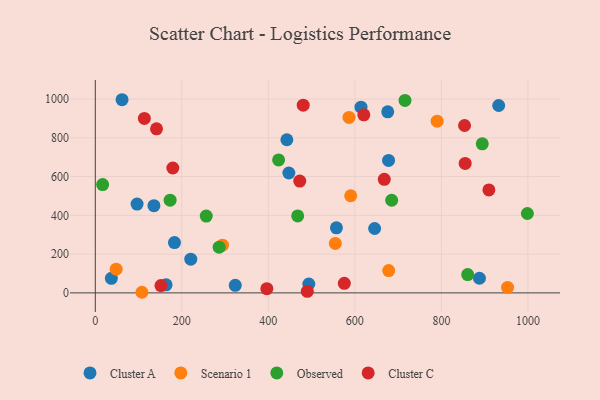
{"axis": {"x": "Engine Size", "y": "Yield"}, "legend": ["Cluster A", "Cluster C", "Observed", "Scenario 1"], "data": [{"x": "676.0", "y": 934.5, "type": "Cluster A"}, {"x": "677.9", "y": 683.4, "type": "Cluster A"}, {"x": "557.4", "y": 335.6, "type": "Cluster A"}, {"x": "614.2", "y": 958.5, "type": "Cluster A"}, {"x": "135.5", "y": 449.9, "type": "Cluster A"}, {"x": "442.8", "y": 790.1, "type": "Cluster A"}, {"x": "183.0", "y": 259.5, "type": "Cluster A"}, {"x": "323.5", "y": 39.1, "type": "Cluster A"}, {"x": "645.7", "y": 332.3, "type": "Cluster A"}, {"x": "447.4", "y": 618.5, "type": "Cluster A"}, {"x": "220.7", "y": 173.9, "type": "Cluster A"}, {"x": "163.6", "y": 41.8, "type": "Cluster A"}, {"x": "888.0", "y": 75.6, "type": "Cluster A"}, {"x": "61.8", "y": 996.7, "type": "Cluster A"}, {"x": "932.5", "y": 967.0, "type": "Cluster A"}, {"x": "96.5", "y": 458.4, "type": "Cluster A"}, {"x": "37.1", "y": 75.3, "type": "Cluster A"}, {"x": "493.5", "y": 45.9, "type": "Cluster A"}, {"x": "790.2", "y": 886.1, "type": "Scenario 1"}, {"x": "953.0", "y": 28.2, "type": "Scenario 1"}, {"x": "107.7", "y": 3.1, "type": "Scenario 1"}, {"x": "48.2", "y": 122.1, "type": "Scenario 1"}, {"x": "590.4", "y": 501.2, "type": "Scenario 1"}, {"x": "678.2", "y": 115.2, "type": "Scenario 1"}, {"x": "586.4", "y": 905.4, "type": "Scenario 1"}, {"x": "554.8", "y": 255.1, "type": "Scenario 1"}, {"x": "294.0", "y": 246.3, "type": "Scenario 1"}, {"x": "256.5", "y": 396.5, "type": "Observed"}, {"x": "685.1", "y": 477.9, "type": "Observed"}, {"x": "16.9", "y": 558.6, "type": "Observed"}, {"x": "172.9", "y": 478.5, "type": "Observed"}, {"x": "286.2", "y": 235.8, "type": "Observed"}, {"x": "715.9", "y": 992.9, "type": "Observed"}, {"x": "423.7", "y": 685.8, "type": "Observed"}, {"x": "894.5", "y": 769.3, "type": "Observed"}, {"x": "998.8", "y": 409.6, "type": "Observed"}, {"x": "860.8", "y": 94.4, "type": "Observed"}, {"x": "467.8", "y": 397.0, "type": "Observed"}, {"x": "855.0", "y": 667.9, "type": "Cluster C"}, {"x": "853.6", "y": 863.7, "type": "Cluster C"}, {"x": "620.7", "y": 918.8, "type": "Cluster C"}, {"x": "151.7", "y": 37.8, "type": "Cluster C"}, {"x": "396.5", "y": 21.7, "type": "Cluster C"}, {"x": "472.6", "y": 577.0, "type": "Cluster C"}, {"x": "909.8", "y": 531.3, "type": "Cluster C"}, {"x": "179.2", "y": 644.3, "type": "Cluster C"}, {"x": "480.6", "y": 968.5, "type": "Cluster C"}, {"x": "113.4", "y": 900.1, "type": "Cluster C"}, {"x": "141.5", "y": 846.4, "type": "Cluster C"}, {"x": "668.0", "y": 585.8, "type": "Cluster C"}, {"x": "575.6", "y": 49.1, "type": "Cluster C"}, {"x": "490.0", "y": 8.0, "type": "Cluster C"}]}